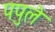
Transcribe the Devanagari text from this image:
पपुले